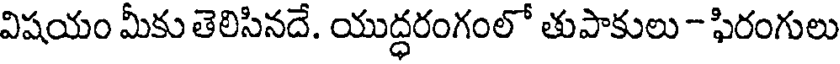
విషయం మీకు తెలిసినదే. యుద్ధరంగంలో తుపాకులు- ఫిరంగులు